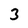
Character: 3